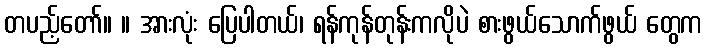
တပည့်တော်။ ။ အားလုံး ပြေပါတယ်၊ ရန်ကုန်တုန်းကလိုပဲ စားဖွယ်သောက်ဖွယ် တွေက